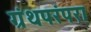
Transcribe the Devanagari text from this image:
ग्रंथपरंपरा